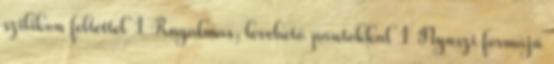
szilikon feltéttel 1 Rugalmas, levehető pántokkal 1 Nyuszi formájú